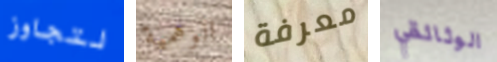
لتجاوز الوهمية معرفة الوثائقي